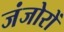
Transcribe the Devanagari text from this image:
जंजोरों